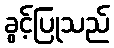
ခွင့်ပြုသည်